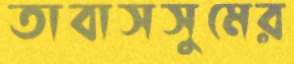
তাবাসসুমের